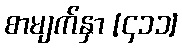
စာမျက်နှာ [၄၁၁]